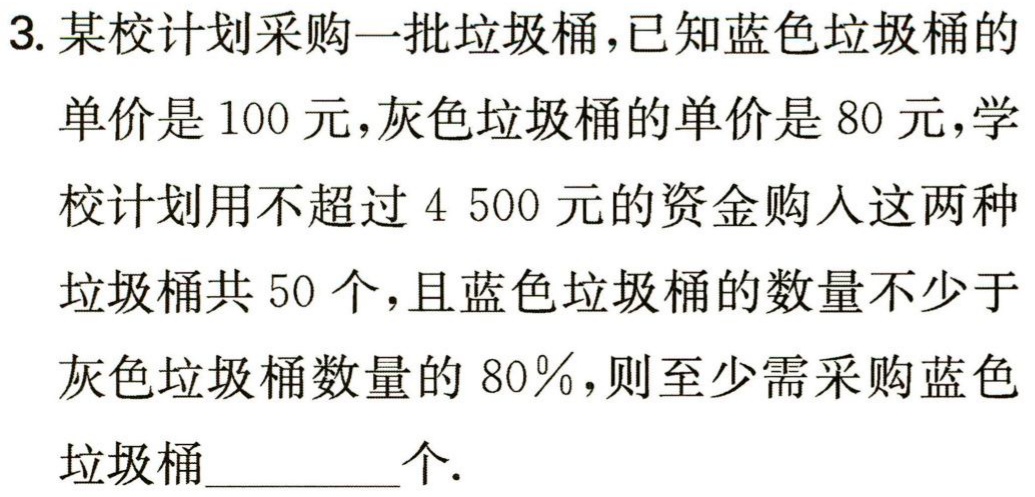
3. 某校计划采购一批垃圾桶，已知蓝色垃圾桶的

单价是 100 元，灰色垃圾桶的单价是 80 元，学

校计划用不超过 4 500 元的资金购入这两种

垃圾桶共 50 个，且蓝色垃圾桶的数量不少于

灰色垃圾桶数量的 80％，则至少需采购蓝色

垃圾桶________个.